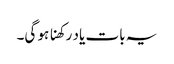
یہ بات یاد رکھنا ہو گی۔